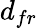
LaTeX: d_{fr}